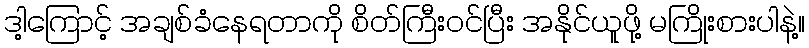
ဒါ့ကြောင့် အချစ်ခံနေရတာကို စိတ်ကြီးဝင်ပြီး အနိုင်ယူဖို့ မကြိုးစားပါနဲ့။